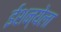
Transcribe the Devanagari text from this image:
ईशन्येला